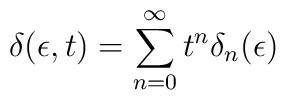
\delta (\epsilon,t) = \sum_{n = 0}^\infty t^n \delta_n (\epsilon)